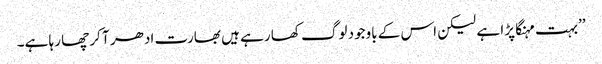
’’بہت مہنگا پڑا ہے لیکن اس کے باوجود لوگ کھا رہے ہیں بھارت ادھر آ کر چھا رہا ہے۔